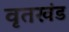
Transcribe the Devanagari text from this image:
वृतखंड